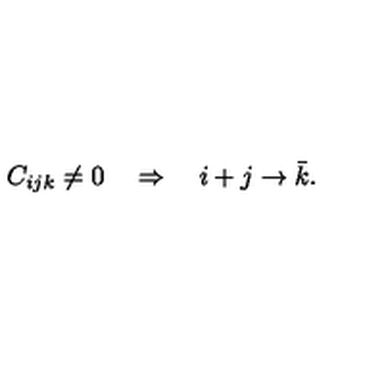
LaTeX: C _ { i j k } \neq 0 \quad \Rightarrow \quad i + j \rightarrow \bar { k } .